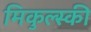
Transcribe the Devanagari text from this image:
मिकुल्स्की